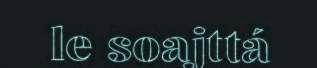
le soajttá